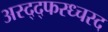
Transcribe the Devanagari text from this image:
अस्द्द्फस्ध्चस्द